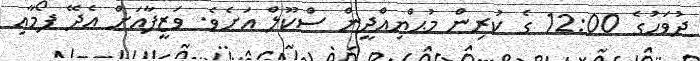
ދުވަހުގެެ 12:00 ގެ ކުރިން މުޙްޔިއްދީން ސްކޫލް އަށެވެ. ވަޒީފާއަށް އެދޭ ފޯމާއި